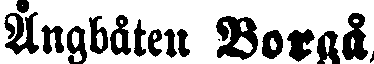
Ångbåten Borgå